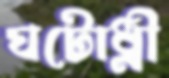
ঘটোধ্নী